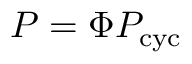
P = \Phi P _ { \mathrm { c y c } }